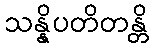
သန္နိပတိတန္တိ